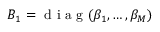
B _ { 1 } = \mathrm { ~ d ~ i ~ a ~ g ~ } ( \beta _ { 1 } , \ldots , \beta _ { M } )